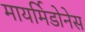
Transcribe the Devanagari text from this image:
मायर्मिडोनेस